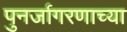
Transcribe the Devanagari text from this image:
पुनर्जागरणाच्या